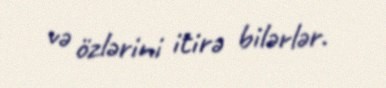
və özlərini itirə bilərlər.